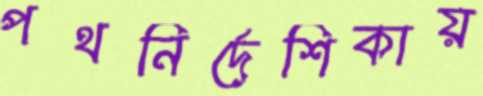
পথনির্দেশিকায়